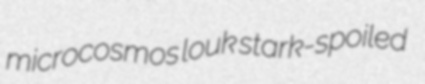
microcosmos louk stark-spoiled